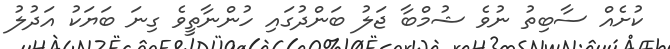
ކުށެއް ސާބިތު ނުވެ ޝުމްބާ ޖަލު ބަންދުގައި ހުންނާތީވެ ގިނަ ބަޔަކު އަދުލު